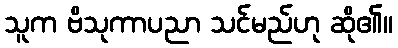
သူက ဗိသုကာပညာ သင်မည်ဟု ဆို၏။